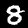
Label: 8